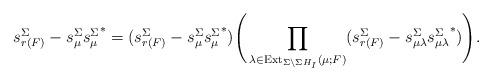
LaTeX: \begin{align*}s_{r(F)}^\Sigma-s_\mu^\Sigma{s_\mu^\Sigma}^*=(s_{r(F)}^\Sigma-s_\mu^\Sigma{s_\mu^\Sigma}^*)\Bigg(\prod_{\lambda\in \mathrm{Ext}_{\Sigma\setminus \Sigma H_I}(\mu;F)}(s_{r(F)}^\Sigma-s_{\mu\lambda}^\Sigma{s_{\mu\lambda}^\Sigma}^*)\Bigg).\end{align*}